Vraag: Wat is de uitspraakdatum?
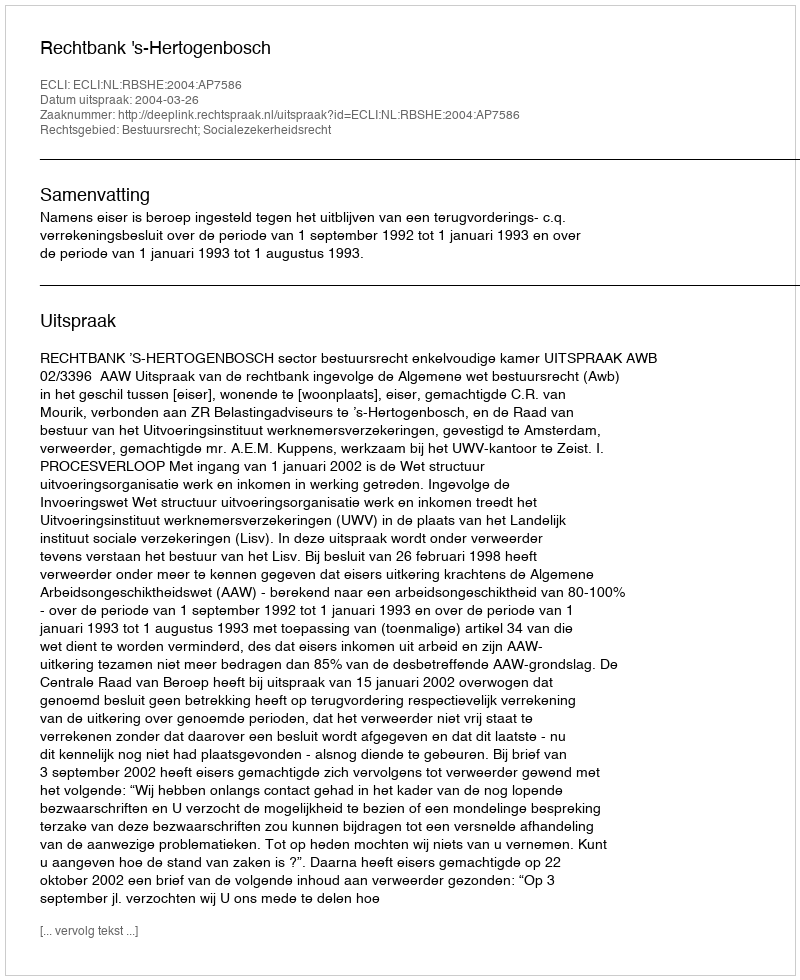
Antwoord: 2004-03-26